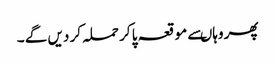
پھر وہاںسے مو قعہ پا کر حملہ کر دیں گے ۔